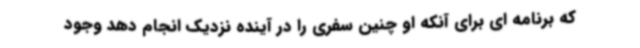
که برنامه ای برای آنکه او چنین سفری را در آینده نزدیک انجام دهد وجود